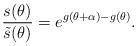
LaTeX: \begin{align*}\frac{s(\theta)}{\tilde{s}(\theta)}=e^{g(\theta+\alpha)-g(\theta)}.\end{align*}